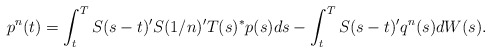
\begin{align*}p^n(t) = \int_t^T S(s-t)'S(1/n)'T(s)^*p(s)ds - \int_t^T S(s-t)'q^n(s)dW(s).\end{align*}